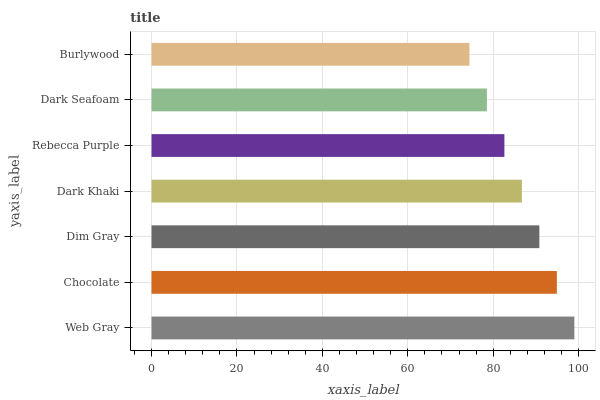
| yaxis_label | bars |
 | --- | --- |
 | Web Gray | 99 |
 | Chocolate | 94.9 |
 | Dim Gray | 90.8 |
 | Dark Khaki | 86.7 |
 | Rebecca Purple | 82.6 |
 | Dark Seafoam | 78.5 |
 | Burlywood | 74.4 |